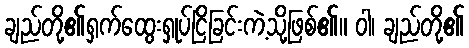
ချည်တို့၏ရှက်ထွေးရှုပ်ငြိခြင်းကဲ့သို့ဖြစ်၏။ ဝါ၊ ချည်တို့၏